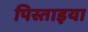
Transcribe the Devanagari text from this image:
पिस्ताइया